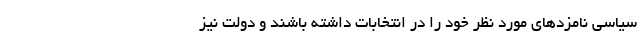
سیاسی نامزدهای مورد نظر خود را در انتخابات داشته باشند و دولت نیز